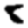
Digit: 8